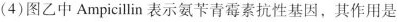
(4)图乙中Ampicilln表示氨苄青霉素抗性基因，其作用是